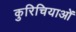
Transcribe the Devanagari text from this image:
कुरिचियाओं